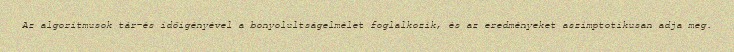
Az algoritmusok tár-és időigényével a bonyolultságelmélet foglalkozik, és az eredményeket aszimptotikusan adja meg.